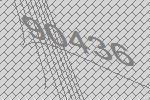
90436